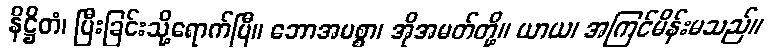
နိဋ္ဌိတံ၊ ပြီးခြင်းသို့ရောက်ပြီ။ ဘောအမစ္စာ၊ အိုအမတ်တို့။ ယာယ၊ အကြင်မိန်းမသည်။